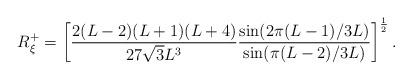
LaTeX: \begin{align*}R^{+}_{\xi}= \left[\frac{2(L-2)(L+1)(L+4)}{27 \sqrt{3}L^3}\frac{\sin(2\pi(L-1)/3L)}{\sin(\pi(L-2)/3L)}\right]^{\frac{1}{2}}.\end{align*}